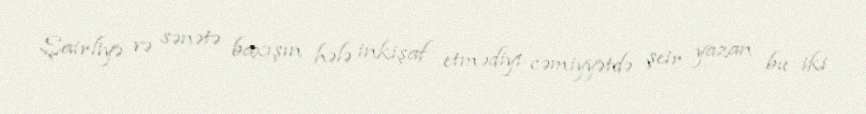
Şairliyə və sənətə baxışın hələ inkişaf etmədiyi cəmiyyətdə şeir yazan bu iki